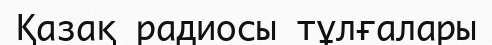
Қазақ радиосы тұлғалары